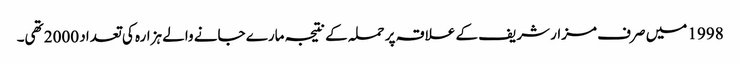
1998 میں صرف مزار شریف کے علاقہ پر حملہ کے نتیجہ مارے جانے والے ہزارہ کی تعداد 2000 تھی۔